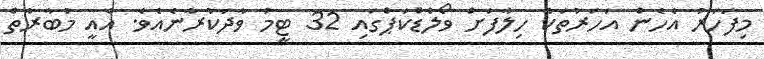
މިފަހަރު އެހެން އަހަރުތަކާ ހިލާފަށް ވޯލްޑްކަޕްގައި 32 ޓީމު ވާދަކުރާނެއެވެ. އެއީ މުބާރާތް